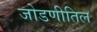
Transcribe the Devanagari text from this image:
जोडणीतिल